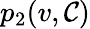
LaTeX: p_{2}(v,\mathcal{C})